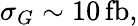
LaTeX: \sigma_{G}\sim 10\, \mathrm{fb},